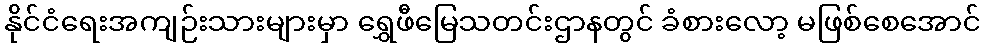
နိုင်ငံရေးအကျဉ်းသားများမှာ ရွှေဖီမြေသတင်းဌာနတွင် ခံစားလော့ မဖြစ်စေအောင်